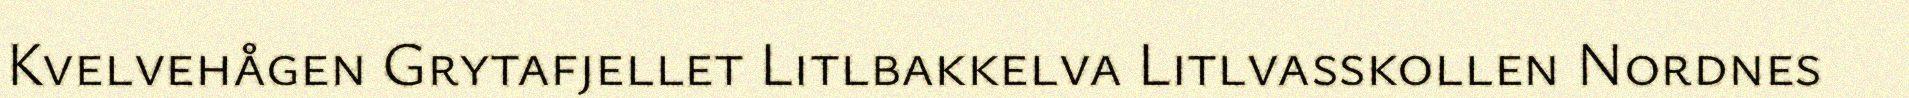
Kvelvehågen Grytafjellet Litlbakkelva Litlvasskollen Nordnes